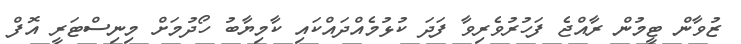
ޒުވާން ޓީމުން ރާއްޖެ ފަހުރުވެރިވާ ފަދަ ކުޅުމެއްދައްކައި ކާމިޔާބު ހޯދުމަށް މިނިސްޓަރީ އޮފް